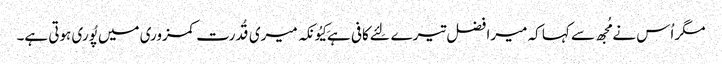
مگر اُس نے مُجھ سے کہا کہ میرا فضل تیرے لِئے کافی ہے کِیُونکہ میری قُدرت کمزوری میں پُوری ہوتی ہے۔